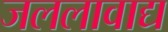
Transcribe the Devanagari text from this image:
जललावाद्य